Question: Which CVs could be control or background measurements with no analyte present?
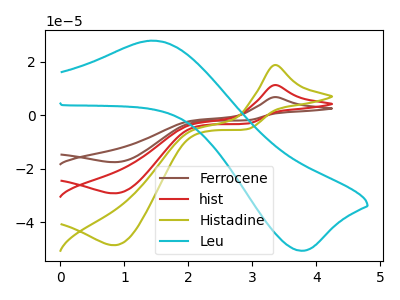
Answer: <think>The brown curve "Ferrocene" has an anodic peak at (3.35V, 22.55uA) and a cathodic peak at (0.85V, -58.40uA). The red curve "hist" has an anodic peak at (3.35V, 11.25uA) and a cathodic peak at (0.85V, -29.20uA). The olive curve "Histadine" has an anodic peak at (3.35V, 18.75uA) and a cathodic peak at (0.85V, -48.60uA). The cyan curve "Leu" has an anodic peak at (1.40V, 27.85uA) and a cathodic peak at (3.75V, -50.65uA).</think>
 <answer>There are not any CV's on this graph that are likely to be blanks.</answer>
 <eval>none</eval>